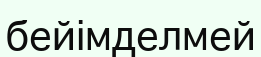
бейімделмей